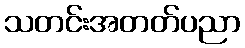
သတင်းအတတ်ပညာ